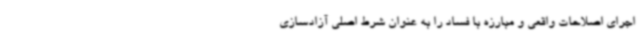
اجرای اصلاحات واقعی و مبارزه با فساد را به عنوان شرط اصلی آزادسازی